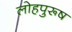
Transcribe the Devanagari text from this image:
लोहपुरूष